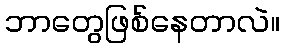
ဘာတွေဖြစ်နေတာလဲ။